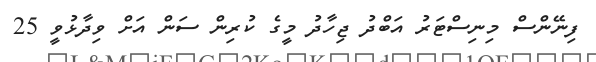
ފިނޭންސް މިނިސްޓަރު އަބްދު ޖިހާދު މީގެ ކުރިން ސަން އަށް ވިދާޅުވީ 25